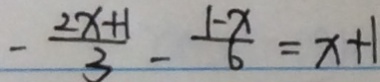
- \frac { 2 x + 1 } { 3 } - \frac { 1 - x } { 6 } = x + 1